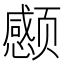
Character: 𲋃